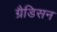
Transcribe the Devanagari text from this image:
ग्रैडिसन